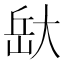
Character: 𭖯